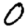
Digit: 0